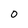
Character: 0